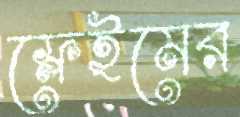
ফ্লেইমের